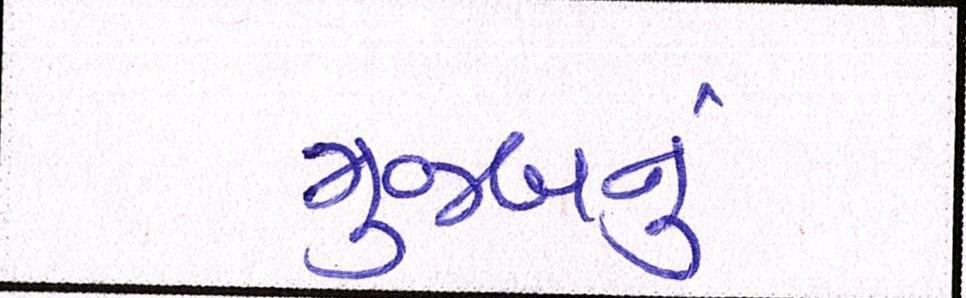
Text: મુજબનું